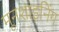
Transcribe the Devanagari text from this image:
मूनशाइनिंग